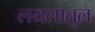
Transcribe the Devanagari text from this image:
लयलातुल